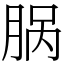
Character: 脶